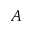
A